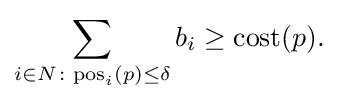
{\begin{aligned}\sum _{i\in N\colon \mathrm {pos} _{i}(p)\leq \delta }b_{i}\geq \mathrm {cost} (p){\text{.}}\end{aligned}}